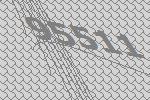
95511